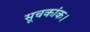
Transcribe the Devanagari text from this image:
सूचकांक।